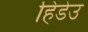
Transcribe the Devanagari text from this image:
हिडेउ